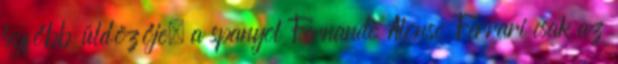
legfőbb üldözője, a spanyol Fernando Alonso Ferrari csak az